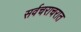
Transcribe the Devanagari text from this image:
सर्वचराचरात